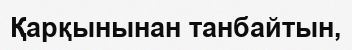
Қарқынынан танбайтын,